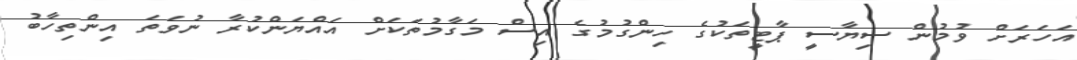
އަހަރަށް ވުމުން ސިޔާސީ ޕާޓީތަކުގެ ހިންގުމުގެ އިސް މަގާމުތަކަށް އައްޔަންކުރާ ނުވަތަ އިންތިހާބު